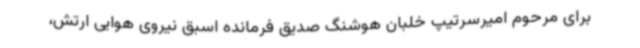
برای مرحوم امیرسرتیپ خلبان هوشنگ صدیق فرمانده اسبق نیروی هوایی ارتش،